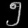
Digit: ၅